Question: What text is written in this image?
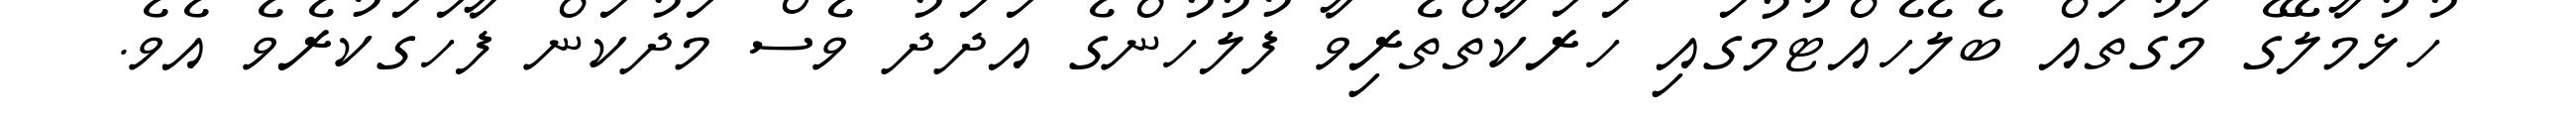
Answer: ހުޅުމާލޭގެ މަގުތައް ބެލެހެއްޓުމުގައި ހަރަކާތްތެރިވާ ފުލުހުންގެ އަދަދު ވެސް މަދުކަން ފާހަގަކުރެވެ އެވެ.